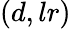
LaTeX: (d,lr)